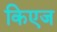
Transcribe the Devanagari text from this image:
किएज